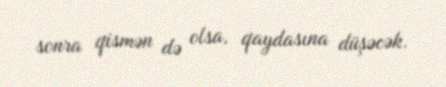
sonra qismən də olsa, qaydasına düşəcək.